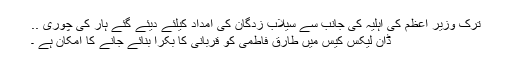
ترک وزیر اعظم کی اہلیہ کی جانب سے سیلاب زدگان کی امداد کیلئے دیئے گئے ہار کی چوری ..
ڈان لیکس کیس میں طارق فاطمی کو قربانی کا بکرا بنائے جانے کا امکان ہے ۔